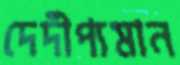
দেদীপ্যমান